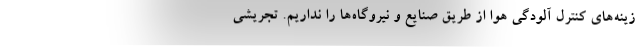
زینه‌های کنترل آلودگی هوا از طریق صنایع و نیروگاه‌ها را نداریم. تجریشی